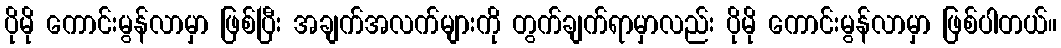
ပိုမို ကောင်းမွန်လာမှာ ဖြစ်ပြီး အချက်အလက်များကို တွက်ချက်ရာမှာလည်း ပိုမို ကောင်းမွန်လာမှာ ဖြစ်ပါတယ်။